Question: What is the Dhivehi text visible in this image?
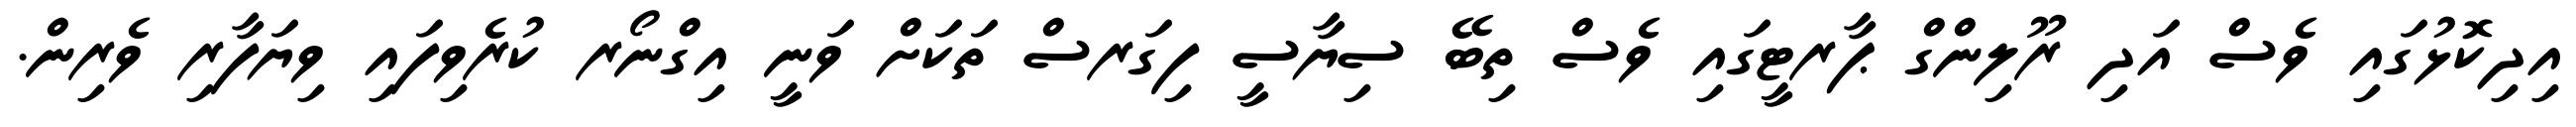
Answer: އިދިކޮޅުގައި ވެސް އަދި ރޫލިންގް ޕާރޓީގައި ވެސް ތިބޭ ސިޔާސީ ފިގަރސް ތަކަށް ވަނީ އިގްނޯރ ކުރެވިފައި ވިޔަފާރި ވެރިން.